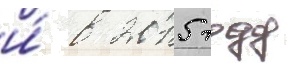
и́ в 2015 году